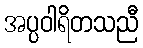
အပ္ပဝါရိတသညီ